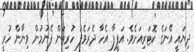
ދިޔައީ އޭނަގެ ކޮޓަރިއަށެވެ. އަފީފާ އެހާ ދެރަވެފަ ހުރިތަން ފެނުމުން ވިނާން ހުރީ